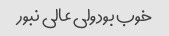
خوب بود ولی عالی نبور